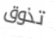
تذوق